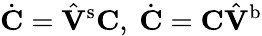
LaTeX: \dot{\mathbf{C}}=\hat{\mathbf{V}}{^{\mathrm{s}}}\mathbf{C},\ \dot{\mathbf{C}}=\mathbf{C}\hat{\mathbf{V}}{^{\mathrm{b}}}